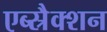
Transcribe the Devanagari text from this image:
एब्स्रैक्शन